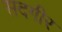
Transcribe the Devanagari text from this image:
सदगीर